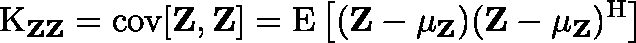
\operatorname { K } _ { \mathbf { Z } \mathbf { Z } } = \operatorname { c o v } [ \mathbf { Z } , \mathbf { Z } ] = \operatorname { E } \left[ ( \mathbf { Z } - \mathbf { \mu _ { Z } } ) ( \mathbf { Z } - \mathbf { \mu _ { Z } } ) ^ { \mathrm { H } } \right]